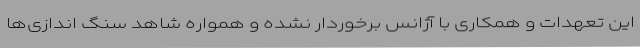
این تعهدات و همکاری با آژانس برخوردار نشده و همواره شاهد سنگ اندازی‌ها